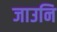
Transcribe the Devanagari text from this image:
जाउनि